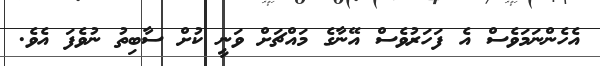
އެހެންނަމަވެސް އެ ފަހަރުވެސް އޭނާގެ މައްޗަށް ވަނީ ކުށް ސާބިތު ނުވެފަ އެވެ.